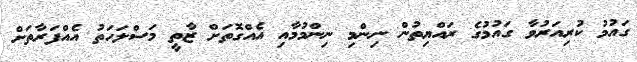
ގައުމު ކުރިއަރުވާ ގައުމުގެ ރައްޔިތުން ނިންމި ނިންމުމާއި އެއްގޮތަށް ޒާތީ މަސްލަހަތު އެއްފަރާތަށް